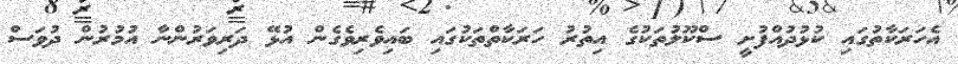
އެހަރަކާތުގައި ކުޅުދުއްފުށީ ސްކޫލުތަކުގެ އިތުރު ހަރަކާތްތަކުގައި ބައިވެރިވެގެން އުޅޭ ދަރިވަރުންނާ އުމުރުން ދުވަސް